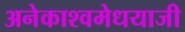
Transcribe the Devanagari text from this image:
अनेकाश्वमेधयाजी